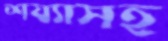
শয্যাসহ